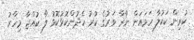
ކުރިން ކަކުލާ ހަމައަށް ނާރާ ވަރުގެ ކުރު ހެދުންކޮޅުކޮޅު ލާ ކުއްޖާ މިހާރު